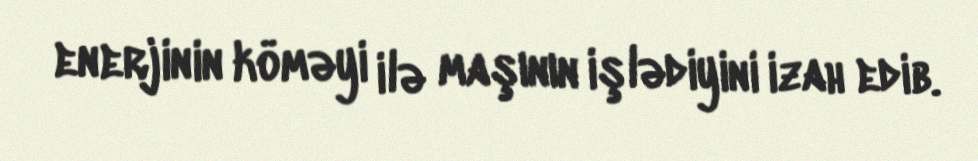
enerjinin köməyi ilə maşının işlədiyini izah edib.